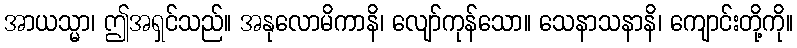
အာယသ္မာ၊ ဤအရှင်သည်။ အနုလောမိကာနိ၊ လျော်ကုန်သော။ သေနာသနာနိ၊ ကျောင်းတို့ကို။